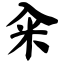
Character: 籴